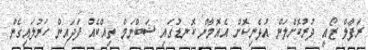
ރަފާލް ޒޯއީ ދުރުކޮށްލަން އުޅެނިކޮށް އެއޮމާން ކޮނޑުގައި ޝަބްނަމް ތިއްކެއް ފަދައިން ހަރުލައިގެން